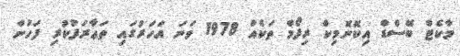
މާކެޓް ބޭސްޑް އިކޮނޮމިކް ރިފޯމް ތަކެއް 1978 ވަނަ އަހަރުގައި ތަޢާރަފުކުރި ފަހުން